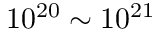
1 0 ^ { 2 0 } \sim 1 0 ^ { 2 1 }